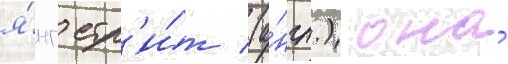
я́нг стр'и́т (а́нгл.) она́